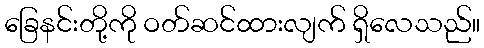
ခြေနင်းတို့ကို ဝတ်ဆင်ထားလျက် ရှိလေသည်။